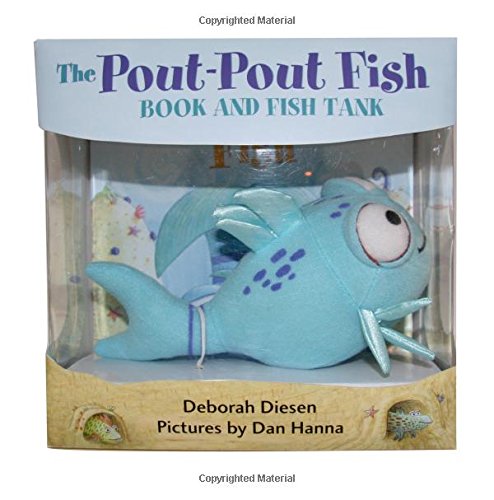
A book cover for The Pout-Pout Fish Tank: A Book and Fish Set (A Pout-Pout Fish Adventure); Deborah Diesen; Children's Books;